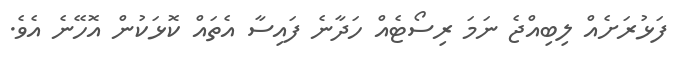
ފަޅުރަށެއް ލިބިއްޖެ ނަމަ ރިސޯޓެއް ހަދާނެ ފައިސާ އެތައް ކޮޅަކުން އޮހޭނެ އެވެ.